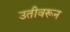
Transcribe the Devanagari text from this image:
उतीवरून